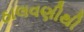
ઠાલવણીથી